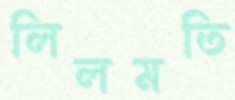
লিলমতি